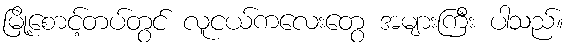
မြို့စောင့်တပ်တွင် လူငယ်ကလေးတွေ အများကြီး ပါသည်။